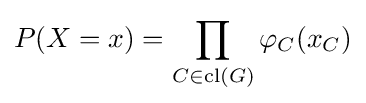
P(X=x)=\prod _{C\in \operatorname {cl} (G)}\varphi _{C}(x_{C})